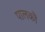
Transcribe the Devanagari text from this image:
पालकौं